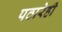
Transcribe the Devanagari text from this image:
पठारेही